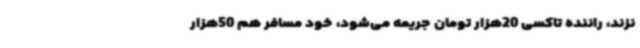
نزند، راننده تاکسی 20هزار تومان جریمه می‌شود، خود مسافر هم 50هزار